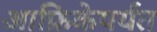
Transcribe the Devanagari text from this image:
आफ्रिकेपर्यंत